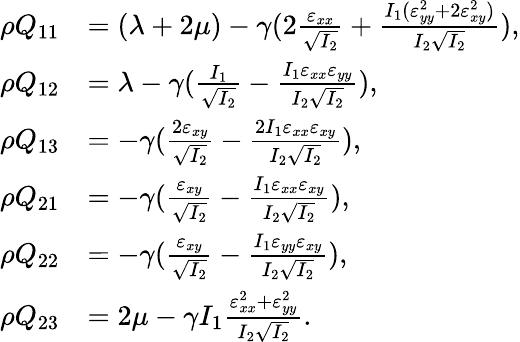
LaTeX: \begin{array}{rl}{\rho Q_{11}}&{=(\lambda+2\mu)-\gamma(2\frac{\varepsilon_{xx}}{\sqrt{I_{2}}}+\frac{I_{1}(\varepsilon_{yy}^{2}+2\varepsilon_{xy}^{2})}{I_{2}\sqrt{I_{2}}}),}\\ {\rho Q_{12}}&{=\lambda-\gamma(\frac{I_{1}}{\sqrt{I_{2}}}-\frac{I_{1}\varepsilon_{xx}\varepsilon_{yy}}{I_{2}\sqrt{I_{2}}}),}\\ {\rho Q_{13}}&{=-\gamma(\frac{2\varepsilon_{xy}}{\sqrt{I_{2}}}-\frac{2I_{1}\varepsilon_{xx}\varepsilon_{xy}}{I_{2}\sqrt{I_{2}}}),}\\ {\rho Q_{21}}&{=-\gamma(\frac{\varepsilon_{xy}}{\sqrt{I_{2}}}-\frac{I_{1}\varepsilon_{xx}\varepsilon_{xy}}{I_{2}\sqrt{I_{2}}}),}\\ {\rho Q_{22}}&{=-\gamma(\frac{\varepsilon_{xy}}{\sqrt{I_{2}}}-\frac{I_{1}\varepsilon_{yy}\varepsilon_{xy}}{I_{2}\sqrt{I_{2}}}),}\\ {\rho Q_{23}}&{=2\mu-\gamma I_{1}\frac{\varepsilon_{xx}^{2}+\varepsilon_{yy}^{2}}{I_{2}\sqrt{I_{2}}}.}\end{array}